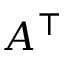
A ^ { \top }